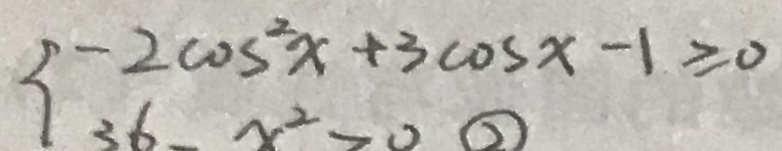
- 2 \cos ^ { 2 } x + 3 \cos x - 1 \geq 0